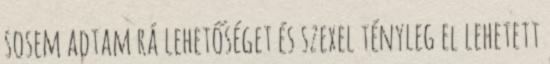
sosem adtam rá lehetőséget és szexel tényleg el lehetett